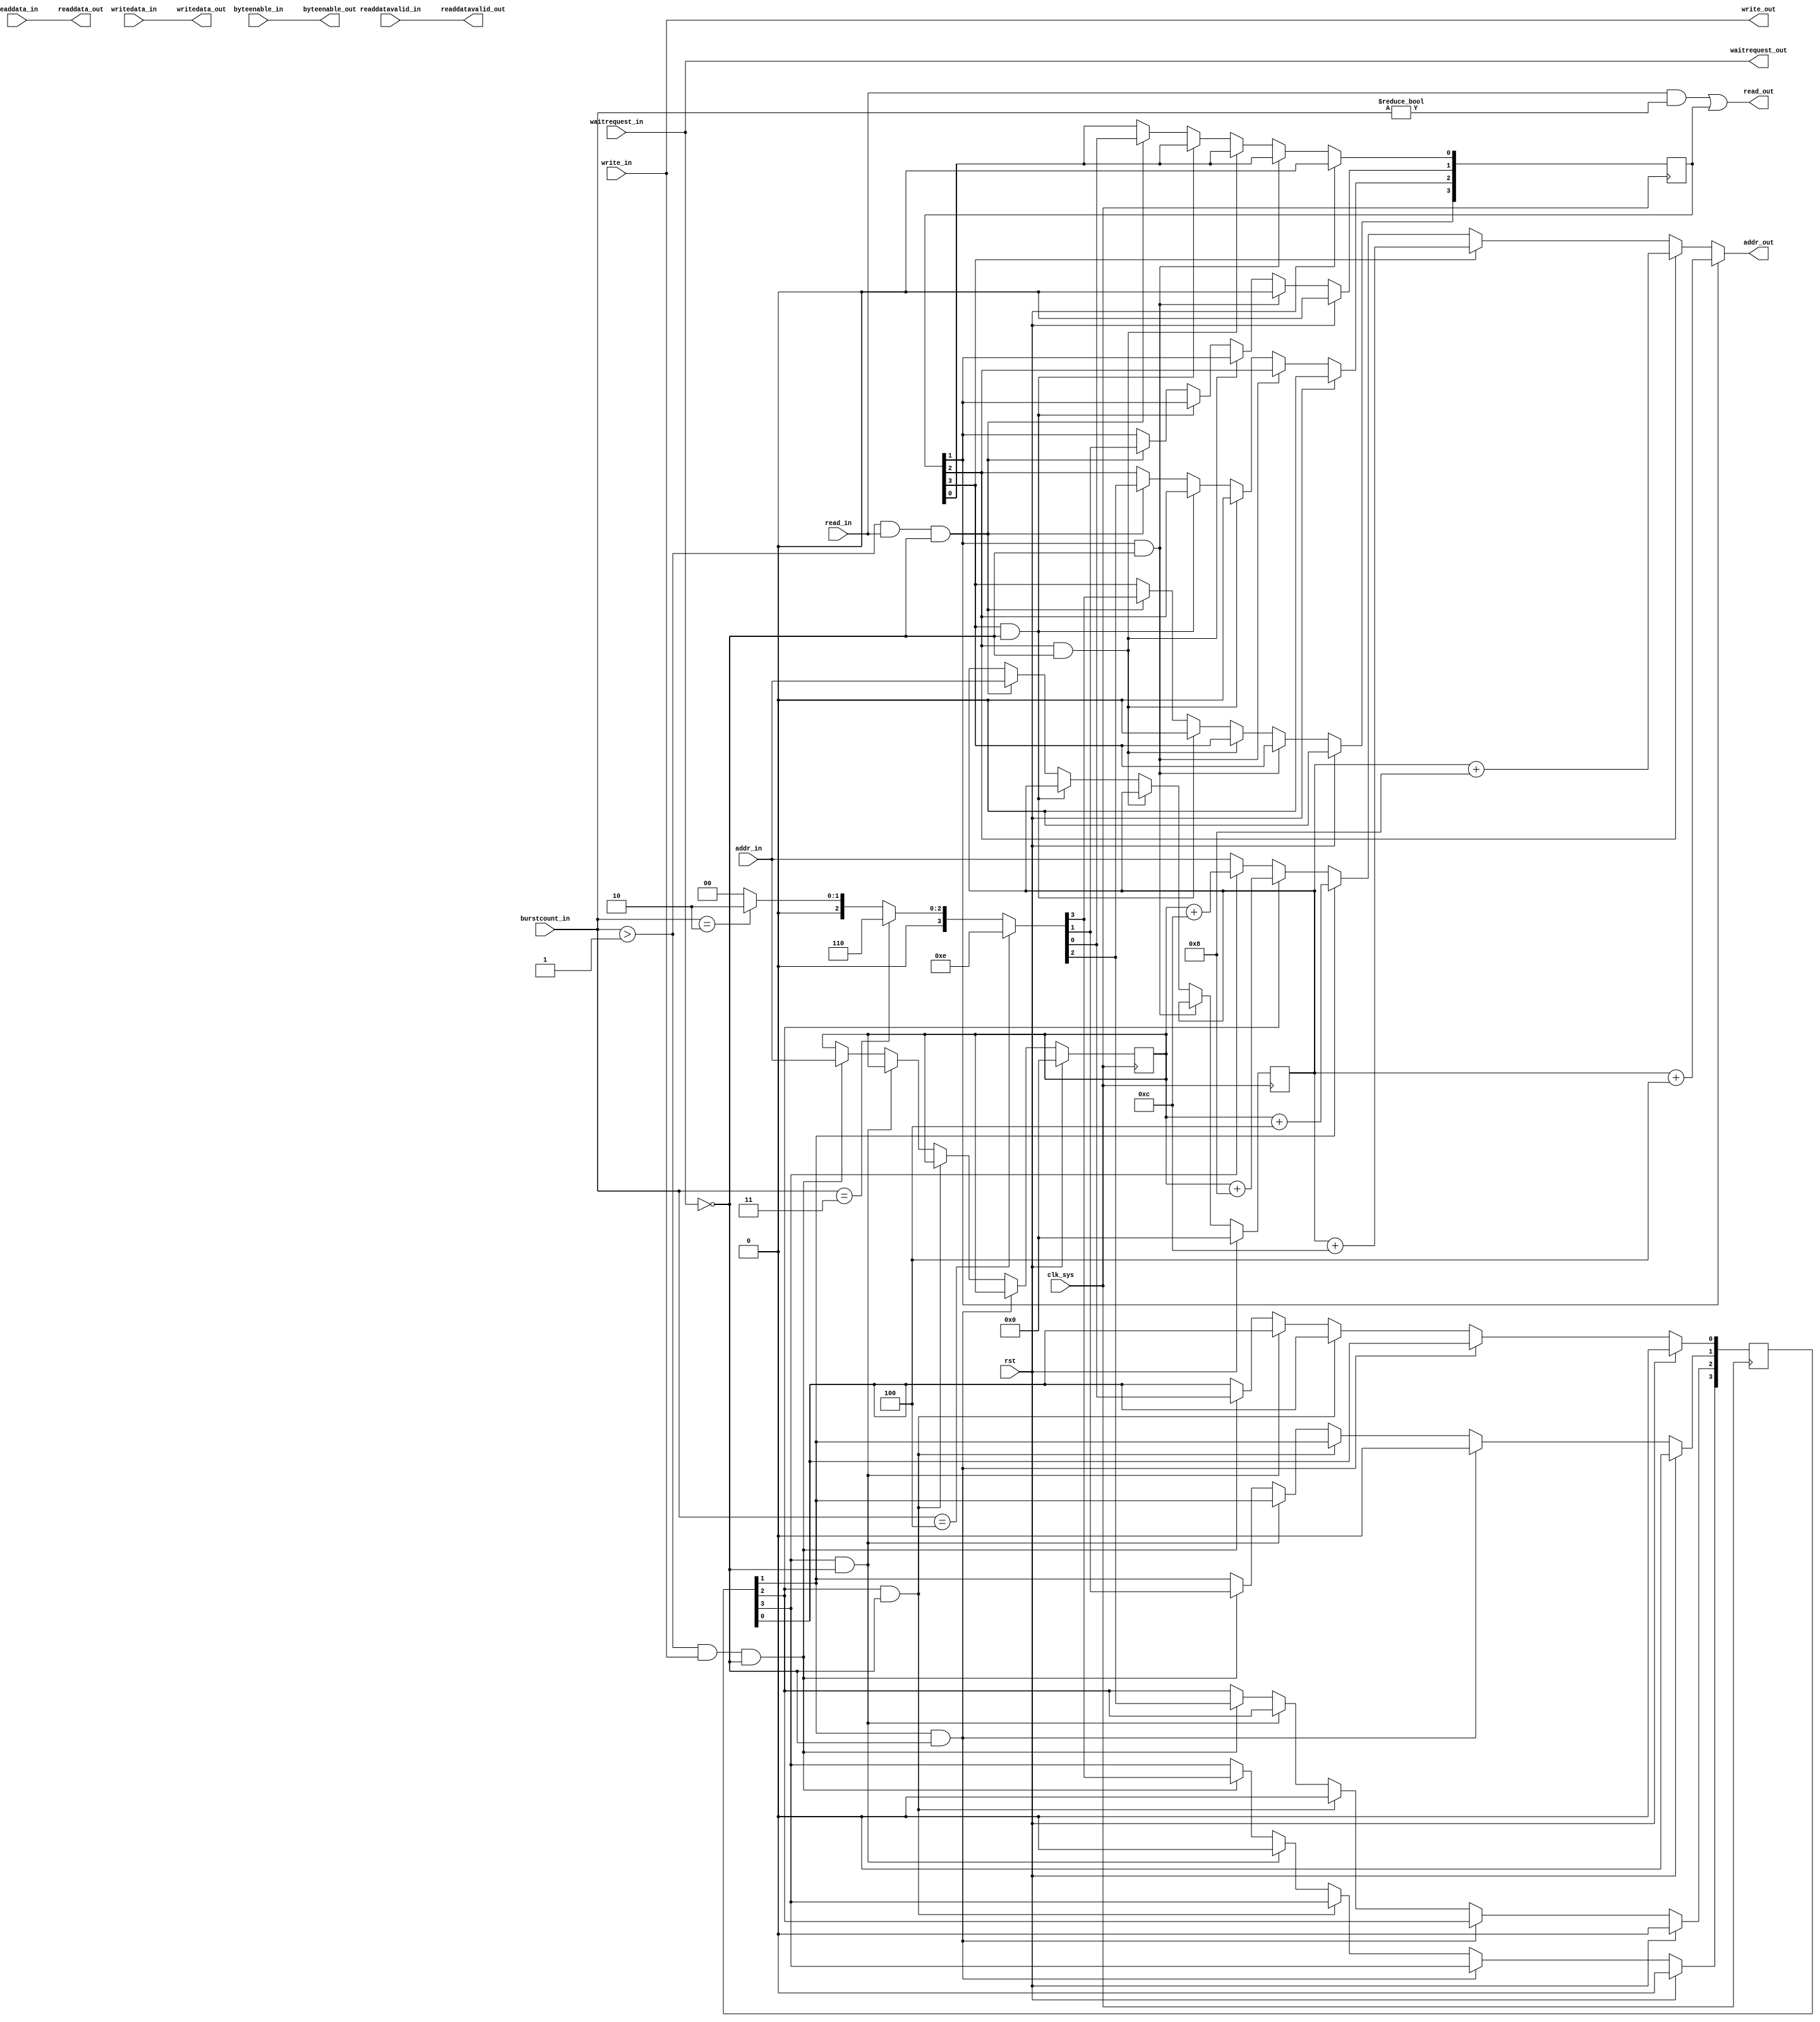
/*
 * Copyright (c) 2015, Arch Laboratory
 * All rights reserved.
 *
 * Redistribution and use in source and binary forms, with or without
 * modification, are permitted provided that the following conditions are met:
 *
 * 1. Redistributions of source code must retain the above copyright notice,
 *    this list of conditions and the following disclaimer.
 * 2. Redistributions in binary form must reproduce the above copyright notice,
 *    this list of conditions and the following disclaimer in the documentation
 *    and/or other materials provided with the distribution.
 *
 * THIS SOFTWARE IS PROVIDED BY THE COPYRIGHT HOLDERS AND CONTRIBUTORS "AS IS" AND
 * ANY EXPRESS OR IMPLIED WARRANTIES, INCLUDING, BUT NOT LIMITED TO, THE IMPLIED
 * WARRANTIES OF MERCHANTABILITY AND FITNESS FOR A PARTICULAR PURPOSE ARE
 * DISCLAIMED. IN NO EVENT SHALL THE COPYRIGHT OWNER OR CONTRIBUTORS BE LIABLE FOR
 * ANY DIRECT, INDIRECT, INCIDENTAL, SPECIAL, EXEMPLARY, OR CONSEQUENTIAL DAMAGES
 * (INCLUDING, BUT NOT LIMITED TO, PROCUREMENT OF SUBSTITUTE GOODS OR SERVICES;
 * LOSS OF USE, DATA, OR PROFITS; OR BUSINESS INTERRUPTION) HOWEVER CAUSED AND
 * ON ANY THEORY OF LIABILITY, WHETHER IN CONTRACT, STRICT LIABILITY, OR TORT
 * (INCLUDING NEGLIGENCE OR OTHERWISE) ARISING IN ANY WAY OUT OF THE USE OF THIS
 * SOFTWARE, EVEN IF ADVISED OF THE POSSIBILITY OF SUCH DAMAGE.
 *
 */

module burst_converter
  #(
    parameter IADDR = 32,
    parameter OADDR = 32
    )
    (
     input wire              clk_sys,
     input wire              rst,

     input wire [IADDR-1:0]  addr_in,
     input wire              write_in,
     input wire [31:0]       writedata_in,
     input wire              read_in,
     output wire [31:0]      readdata_out,
     output wire             readdatavalid_out,
     input wire [3:0]        byteenable_in,
     input wire [2:0]        burstcount_in,
     output wire             waitrequest_out,

     output wire [OADDR-1:0] addr_out,
     output wire             write_out,
     output wire [31:0]      writedata_out,
     output wire             read_out,
     input wire [31:0]       readdata_in,
     input wire              readdatavalid_in,
     output wire [3:0]       byteenable_out,
     input wire              waitrequest_in
     );


    // data
    // data[8] = valid bit
    reg [IADDR-1:0]          raddr, waddr;
    reg [3:0]                rcount, wcount;

    assign addr_out = (rcount[1]) ? raddr + 4 :
                      (rcount[2]) ? raddr + 8 :
                      (rcount[3]) ? raddr + 12 :
                      (wcount[1]) ? waddr + 4 :
                      (wcount[2]) ? waddr + 8 :
                      (wcount[3]) ? waddr + 12 : addr_in;

    assign writedata_out = writedata_in;
    assign byteenable_out = byteenable_in;

    assign write_out = write_in;
    assign read_out  = (read_in && burstcount_in != 0) || rcount;

    assign readdata_out = readdata_in;
    assign readdatavalid_out = readdatavalid_in;
    assign waitrequest_out = waitrequest_in;

    /////////////////////////////////////////////////////////////////////////
    // burst write
    /////////////////////////////////////////////////////////////////////////
    always @(posedge clk_sys) begin
        if(rst) begin
            wcount <= 0;
            waddr <= 0;
        end else if(wcount[1] && !waitrequest_in) begin
            wcount[1] <= 0;
        end else if(wcount[2] && !waitrequest_in) begin
            wcount[2] <= 0;
        end else if(wcount[3] && !waitrequest_in) begin
            wcount[3] <= 0;
        end else if(burstcount_in > 1 && write_in && !waitrequest_out) begin
            waddr <= addr_in;

            wcount <= (burstcount_in == 4) ? 4'b1110 :
                      (burstcount_in == 3) ? 4'b0110 :
                      (burstcount_in == 2) ? 4'b0010 : 0;
        end
    end

    /////////////////////////////////////////////////////////////////////////
    // burst read
    /////////////////////////////////////////////////////////////////////////
    always @(posedge clk_sys) begin
        if(rst) begin
            rcount <= 0;
            raddr <= 0;
        end else if(rcount[1] && !waitrequest_in) begin
            rcount[1] <= 0;
        end else if(rcount[2] && !waitrequest_in) begin
            rcount[2] <= 0;
        end else if(rcount[3] && !waitrequest_in) begin
            rcount[3] <= 0;
        end else if(burstcount_in > 1 && read_in && !waitrequest_out) begin
            raddr <= addr_in;

            rcount <= (burstcount_in == 4) ? 4'b1110 :
                      (burstcount_in == 3) ? 4'b0110 :
                      (burstcount_in == 2) ? 4'b0010 : 0;
        end
    end
endmodule